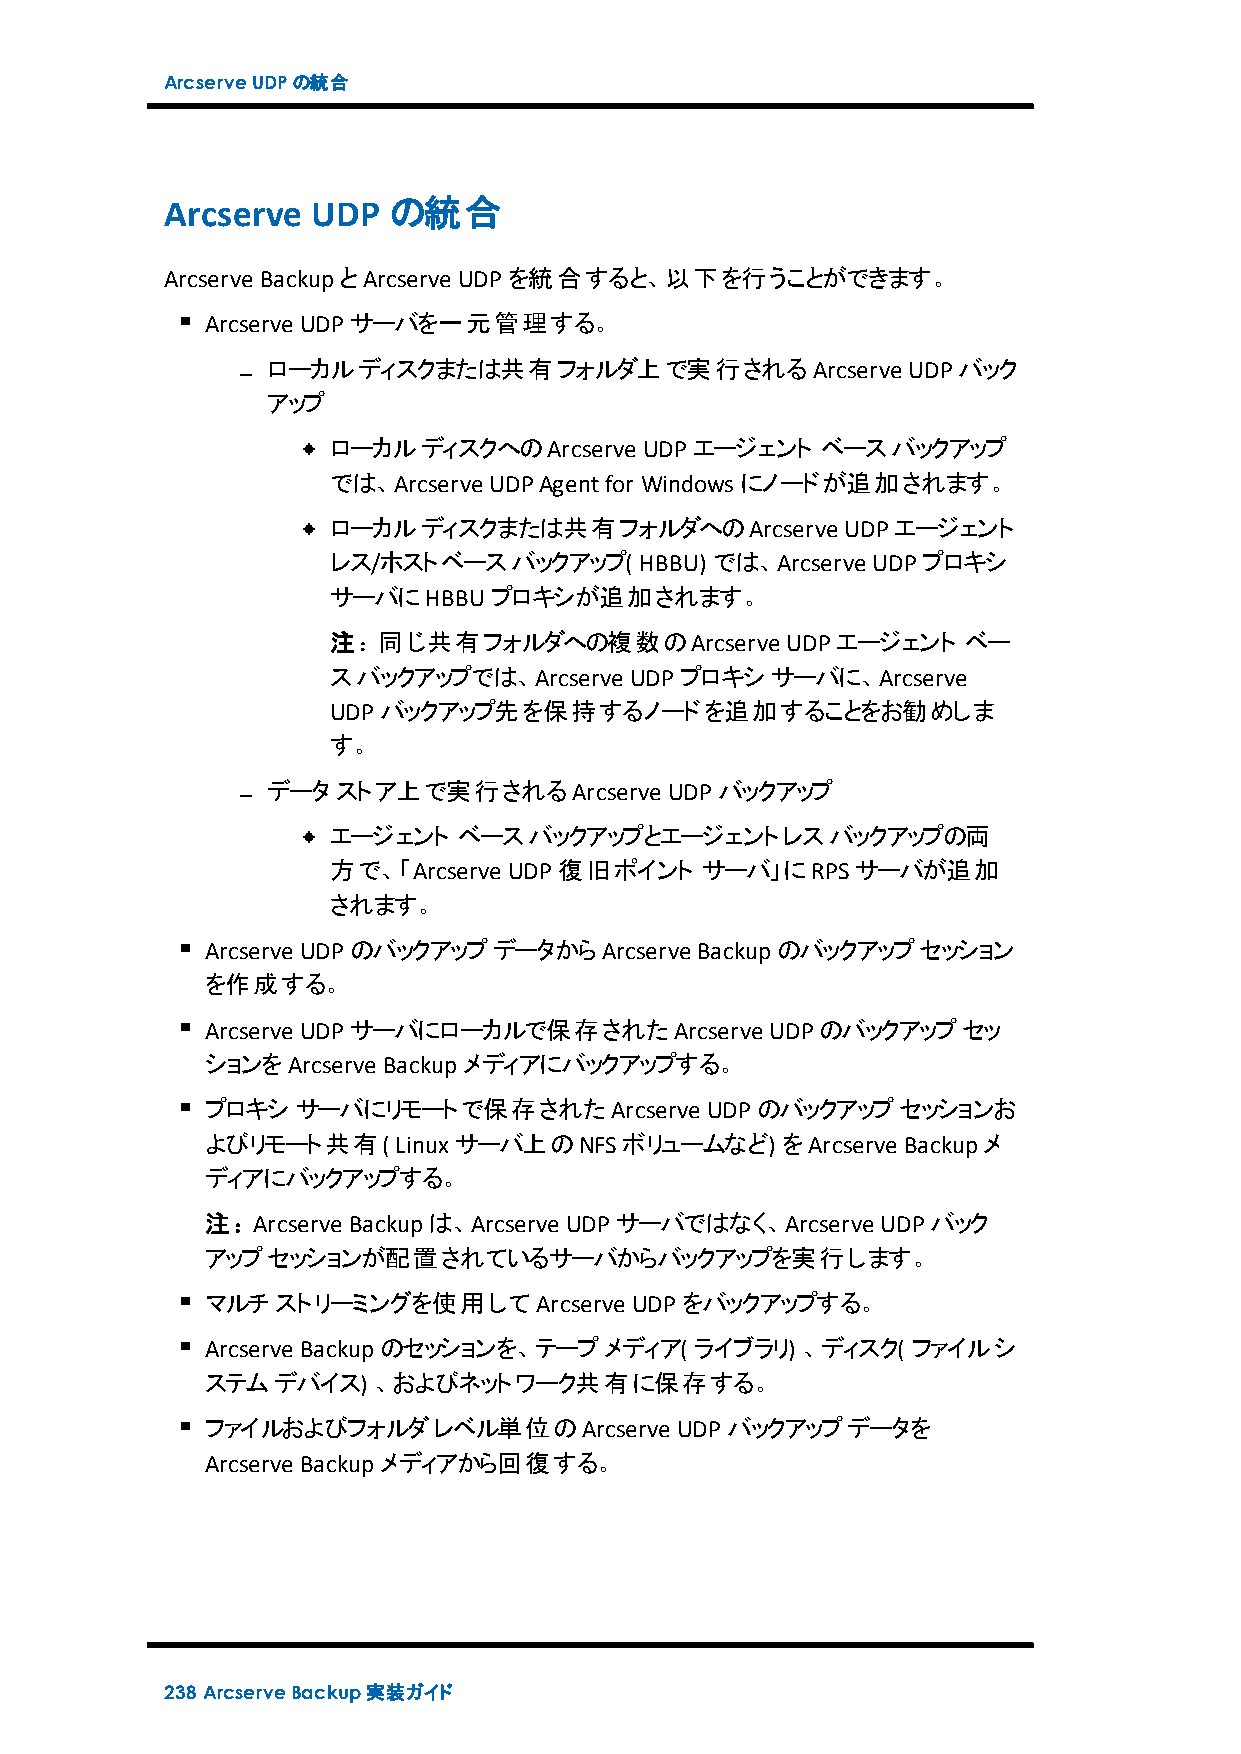
ArcserveUDPの統合
 Arcserve  UDP  の統合
 Arcserve BackupとArcserve UDPを統合すると、以下を行うことができます。
 Arcserve UDPサーバを一元管理する。
 ローカルディスクまたは共有フォルダ上で実行されるArcserve          UDPバック
 アップ
 ローカルディスクへのArcserve   UDPエージェント  ベースバックアップ
 では、Arcserve UDPAgentfor Windowsにノードが追加されます。
 ローカルディスクまたは共有フォルダへのArcserve       UDPエージェント
 レス/ホストベースバックアップ(    HBBU) では、Arcserve UDPプロキシ
 サーバにHBBUプロキシが追加されます。
 注：同じ共有フォルダへの複数のArcserve       UDPエージェント   ベー
 スバックアップでは、Arcserve  UDPプロキシサーバに、Arcserve
 UDPバックアップ先を保持するノードを追加することをお勧めしま
 す。
 データストア上で実行されるArcserve     UDPバックアップ
 エージェント  ベースバックアップとエージェントレスバックアップの両
 方で、「Arcserve UDP復旧ポイント  サーバ」にRPSサーバが追加
 されます。
 Arcserve UDPのバックアップデータからArcserve Backupのバックアップセッション
 を作成する。
 Arcserve UDPサーバにローカルで保存されたArcserve   UDPのバックアップセッ
 ションをArcserve Backupメディアにバックアップする。
 プロキシサーバにリモートで保存されたArcserve       UDPのバックアップセッションお
 よびリモート共有(   Linux サーバ上のNFSボリュームなど)    をArcserve Backupメ
 ディアにバックアップする。
 注：Arcserve Backupは、Arcserve UDPサーバではなく、Arcserve UDPバック
 アップセッションが配置されているサーバからバックアップを実行します。
 マルチストリーミングを使用してArcserve     UDPをバックアップする。
 Arcserve Backupのセッションを、テープメディア( ライブラリ) 、ディスク( ファイルシ
 ステムデバイス)   、およびネットワーク共有に保存する。
 ファイルおよびフォルダレベル単位のArcserve      UDPバックアップデータを
 Arcserve Backupメディアから回復する。
 238 ArcserveBackup実装ガイド